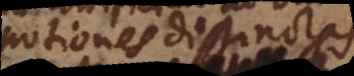
notiones distinctas